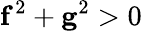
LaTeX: \mathbf f^{2}+\mathbf g^{2}>0